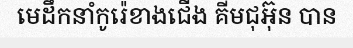
មេដឹកនាំកូរ៉េខាងជើង គីមជុអ៊ុន បាន